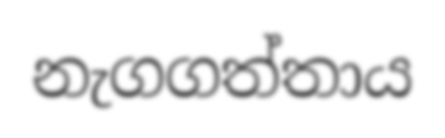
නැගගත්තාය